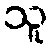
သူ